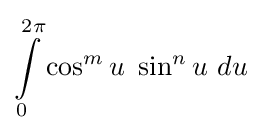
\int \limits _{0}^{2\pi }\cos ^{m}u\ \sin ^{n}u\ du